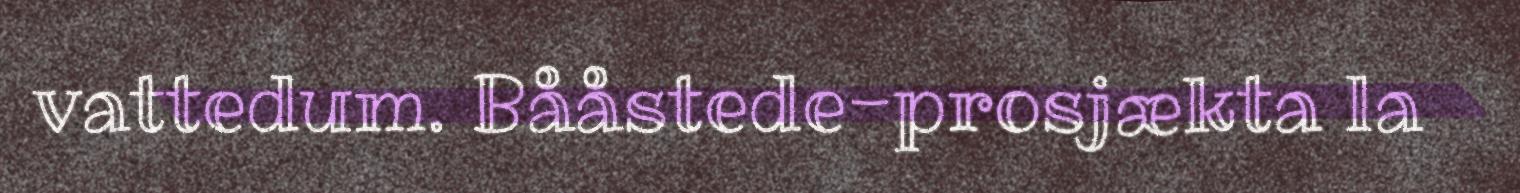
vattedum. Bååstede-prosjækta la